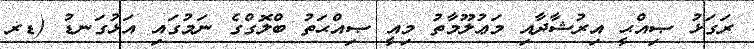
ރަގަޅު ޞިއްޙީ އިރުޝާދާއި މަޢުލޫމާތު މިއީ ޞިއްޙަތު ބްލޮގްގެ ނަމުގައި އަޅުގަނޑު (ޑރ